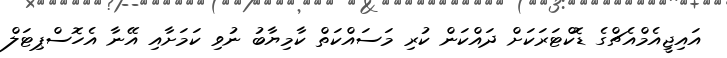
އައިޖީއެމްއެޗްގެ ޑޮކްޓަރަކަށް ދައްކަން ކުރި މަސައްކަތް ކާމިޔާބު ނުވި ކަމަށާއި އޭނާ އެހޮސްޕިޓަލް